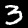
Digit: 3